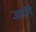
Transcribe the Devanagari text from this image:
जायॅगे